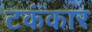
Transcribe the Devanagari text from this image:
टकंकार